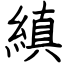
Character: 縝